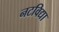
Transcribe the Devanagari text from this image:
नटविद्या